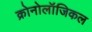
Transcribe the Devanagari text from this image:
क्रोनोलॉजिकल